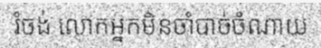
រំចង់ លោកអ្នកមិនចាំបាច់ចំណាយ